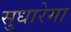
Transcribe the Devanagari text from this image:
सुधारेगा